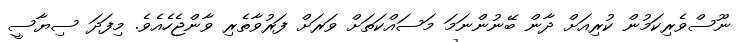
ނޫސްވެރިކަމުން ކުރިއަށް ދާން ބޭނުންނަމަ މަސައްކަތަށް ވަރަށް ފަރުވާތެރި ވާންޖެހެއެވެ. މިފަދަ ސިޔާސީ